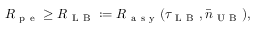
R _ { \mathrm { ~ p ~ e ~ } } \geq R _ { \mathrm { ~ L ~ B ~ } } : = R _ { \mathrm { ~ a ~ s ~ y ~ } } ( \tau _ { \mathrm { ~ L ~ B ~ } } , \bar { n } _ { \mathrm { ~ U ~ B ~ } } ) ,